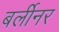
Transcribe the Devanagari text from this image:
बर्लीनर